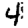
Digit: 4